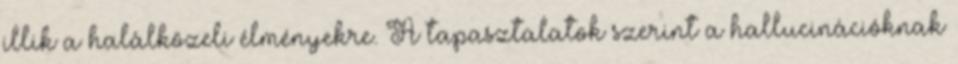
illik a halálközeli élményekre. A tapasztalatok szerint a hallucinációknak